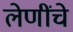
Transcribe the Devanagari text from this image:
लेणींचे